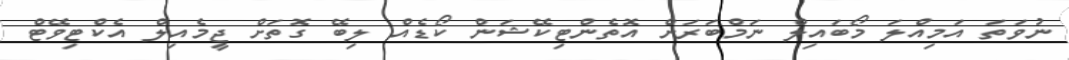
ނުވަތަ އަމިއްލަ މޯބައިލް ނަމްބަރަށް އޮތެންޓިކޭޝަން ކޯޑެއް ލިބޭ ގޮތަށް ޖީމެއިލް އެކްޓިވޭޓް